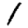
Digit: 1